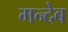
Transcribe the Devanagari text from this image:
मन्देब